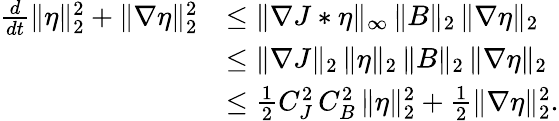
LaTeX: \begin{array}{rl}{\frac{d}{dt}\| \eta\| _{2}^{2}+\| \nabla\eta\| _{2}^{2}}&{\leq\| \nabla J*\eta\| _{\infty}\, \| B\| _{2}\, \| \nabla\eta\| _{2}}\\ &{\leq\| \nabla J\| _{2}\, \| \eta\| _{2}\, \| B\| _{2}\, \| \nabla\eta\| _{2}}\\ &{\leq\frac{1}{2}C_{J}^{2}\, C_{B}^{2}\, \| \eta\| _{2}^{2}+\frac{1}{2}\| \nabla\eta\| _{2}^{2}.}\end{array}